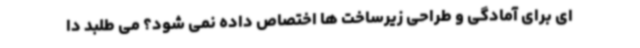
ای برای آمادگی و طراحی زیرساخت ها اختصاص داده نمی شود؟ می طلبد دا